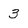
Character: 3